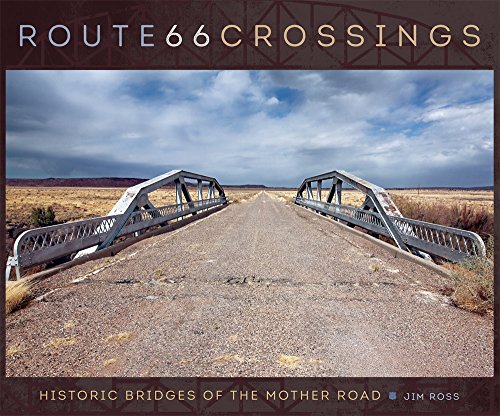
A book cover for Route 66 Crossings: Historic Bridges of the Mother Road; Jim Ross; Arts & Photography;